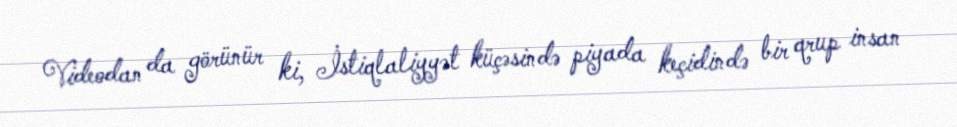
Videodan da görünür ki, İstiqlaliyyət küçəsində piyada keçidində bir qrup insan